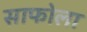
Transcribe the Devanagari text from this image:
साफोला